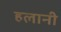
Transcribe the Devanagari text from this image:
हलानी